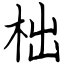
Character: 柮